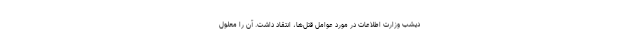
دیشب وزارت اطلاعات در مورد عوامل قتل‌ها، انتقاد داشت. آن را معلول